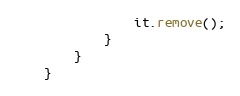
Language: Java
                it.remove();
            }
        }
    }